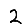
Digit: 2